Medical and sanitary report of the native army of Bengal for the year
Year: 1874
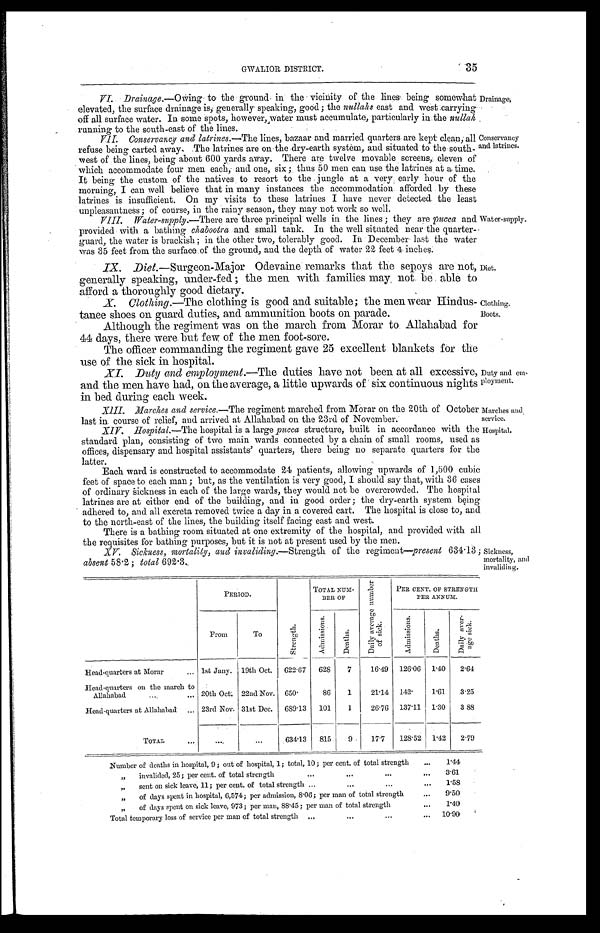
Duty and em-
ployment.
Marches and
service.
35
GWALIOR DISTRICT.
VI. Drainage.—Owing to the ground in the vicinity of the lines being somewhat
elevated, the surface drainage is, generally speaking, good; the nullahs east and west carrying
off all surface water. In some spots, however, water must accumulate, particularly in the nullah
running to the south-east of the lines.
VII. Conservancy and latrines.—The lines, bazaar and married quarters are kept clean, all
refuse being carted away, The latrines are on the dry-earth system, and situated to the south
-west of the lines, being about 600 yards away. There are twelve movable screens, eleven of
which accommodate four men each, and one, six; thus 50 men can use the latrines at a time.
It being the custom of the natives to resort to the jungle at a very early hour of the
morning, I can well believe that in many instances the accommodation afforded by these
latrines is insufficient. On my visits to these latrines I have never detected the least
unpleasantness; of course, in the rainy season, they may not work so well.
Drainage.
Conservancy
and latrines.
Water-supply .—There are three principal wells in the lines; they are pucca and
provided with a bathing chabootra and small tank. In the well situated near the quarter
-guard, the water is brackish; in the other two, tolerably good. In December last the water
was 35 feet from the surface of the ground, and the depth of water 22 feet 4 inches.
IX. Diet.—Surgeon-Major Odevaine remarks that the sepoys are not,
generally speaking, under-fed; the men with families may not be able to
afford a thoroughly good dietary.
X. Clothing.—The clothing is good and suitable; the men wear Hindus
-tanee shoes on guard duties, and ammunition boots on parade.
Although the regiment was on the march from Morar to Allahabad fo
r 44 days, there were but few of the men foot-sore.
The officer commanding the regiment gave 25 excellent blankets for the
use of the sick in hospital.
XI. Duty and employment.—The duties have not been at all excessive,
and the men have had, on the average, a little upwards of six continuous nights
in bed during each week.
XIII. Marches and service.—The regiment marched from Morar on the 20th of October
last in course of relief, and arrived at Allahabad on the 23rd of November.
Water-supply.
Diet.
Clothing.
Boots.
XIV. Hospital.—The hospital is a large pucca structure, built in accordance with the
standard plan, consisting of two main wards connected by a chain of small rooms, used as
o f f i c e s , d i s p e n s a r y a n d h o s p i t a l a s s i s t a n t s ' q u a r t e r s , t h e r e b e i n g n o s e p a r a t e q u a r t e r s f o r t h e
latter.
Each ward is constructed to accommodate 24 patients, allowing upwards of 1,500 cubic
feet of space to each man; but, as the ventilation is very good, I should say that, with 36 cases
of ordinary Sickness in each of the large wards, they would not be overcrowded. The hospital
latrines are at either end of the building, and in good order; the dry-earth system being
adhered to, and all excreta removed twice a day in a covered cart. The hospital is close to, and
to the north-east of the lines, the building itself facing east and west.
There is a bathing room situated at one extremity of the hospital, and provided with all
the requisites for bathing purposes, but it is not at present used by the men .
XIV. Sickness, mortality, and invaliding.—Strength of the regiment—present 634.13;
absent 58.2; total 692.3.
Hospital.
Sickness,
mortality, and
invaliding.
PERIOD.
S t r e n g t h .
TOTAL NUM-
BER OF
D a i l y a v e r a g e n u m b e r o f s i c k .
PER CENT. OF STRENGTH
PER ANNUM.
From
To
-
A d m i s s i o n s .
D e a t h s .
A d m i s s i o n s .
D e a t h s .
D a i l y a v e r - a g e s i c k .
Head-quarters at Morar . . . 1st Jany. 19th Oct.
622.67
628
7
16.49
126.06
1.40
2.64
Head-quarters on the march to
Allahabad . . . 20th Oct. 22nd Nov. 650.
86
1
21.14
142.
1.61
3.25
Head-quarters at Allahabad . . . 23rd Nov. 31st Dec.
689.13
101
1
26.76
137.11
1.30
3.88
T O T A L . . .
. . .
. . .
634.13
815
9
17.7
128.52
1.42
2.79
Number of deaths in hospital, 9; out of hospital, 1; total, 10; per cent. of total strength . . .
1.44
" invalided, 25; per cent. of total strength . . .
3.61
" sent on sick leave, 11; per cent. of total strength . . .
1.58
" of days spent in hospital, 6,574; per admission, 8.06; per man of total strength . . .
9.50
" of days spent on sick leave, 973; per man, 88.45; per man of total strength . . .
1.40
Total temporary loss of service per man of total strength . . .
10.90